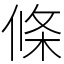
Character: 條